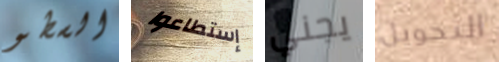
السطو إستطاعوا يجني التحويل